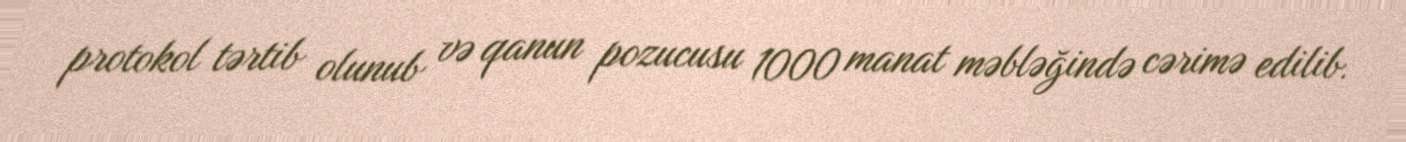
protokol tərtib olunub və qanun pozucusu 1000 manat məbləğində cərimə edilib.